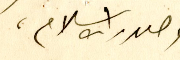
وصدر الاسلام،